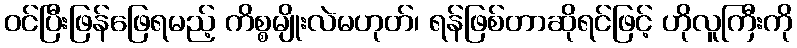
ဝင်ပြီးဖြန်ဖြေရမည့် ကိစ္စမျိုးလဲမဟုတ်၊ ရန်ဖြစ်တာဆိုရင်ဖြင့် ဟိုလူကြီးကို